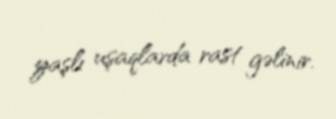
yaşlı uşaqlarda rast gəlinir.